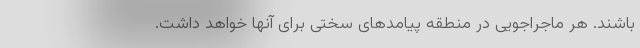
باشند. هر ماجراجویی در منطقه پیامدهای سختی برای آنها خواهد داشت.